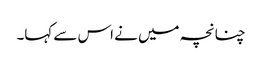
چنانچہ میں نے اس سے کہا۔